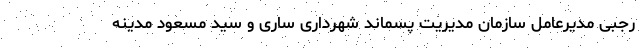
رجبی مدیرعامل سازمان مدیریت پسماند شهرداری ساری و سید مسعود مدینه